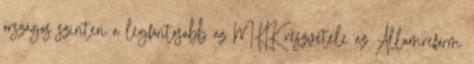
országos szinten a legfontosabb az MKIK részvétele az Államreform